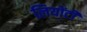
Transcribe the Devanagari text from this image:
लियोंटी